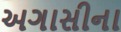
અગાસીના